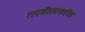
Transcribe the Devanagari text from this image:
तपशीलासहीत